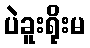
ပဲခူးရိုးမ